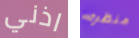
اذني منظره